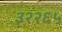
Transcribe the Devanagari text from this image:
३२२६५